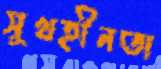
সুখহীনতা